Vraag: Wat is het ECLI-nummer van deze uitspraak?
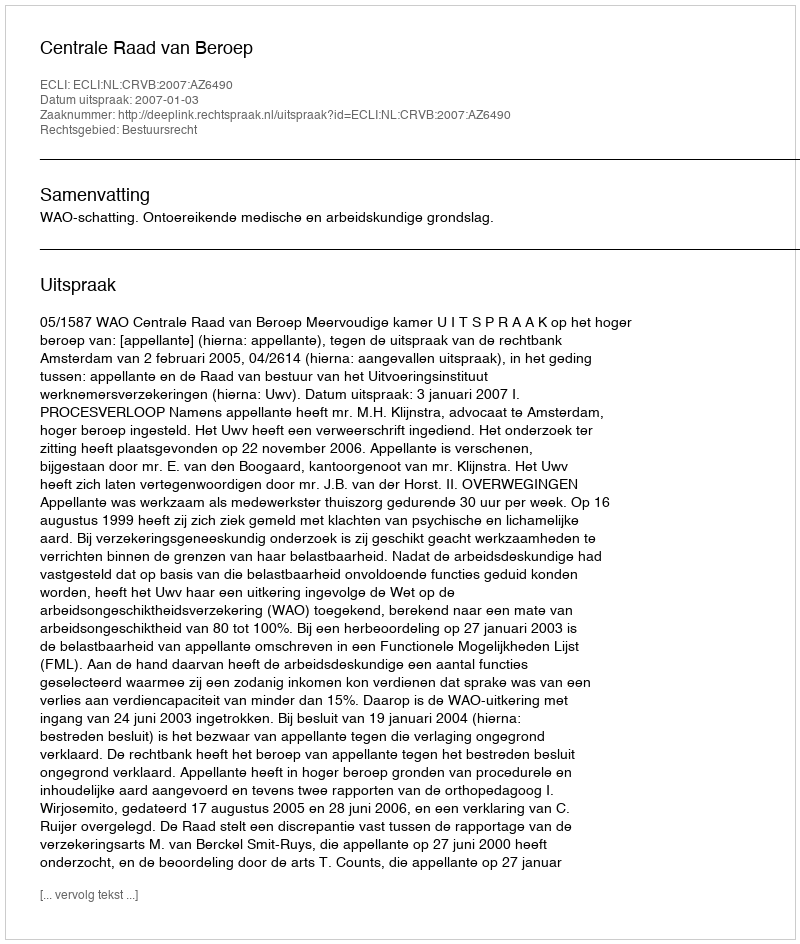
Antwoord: ECLI:NL:CRVB:2007:AZ6490